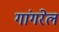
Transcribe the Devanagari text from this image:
गांगरेल